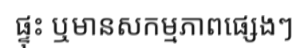
ផ្ទុះ ឬមានសកម្មភាពផ្សេងៗ